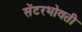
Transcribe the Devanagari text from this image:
सेंटरभोवती